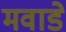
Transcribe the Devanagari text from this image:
मवाडे